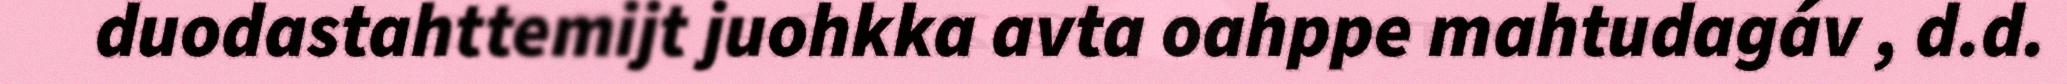
duodastahttemijt juohkka avta oahppe mahtudagáv , d.d.